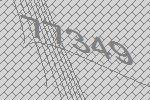
77349